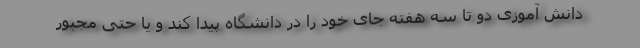
دانش آموزی دو تا سه هفته جای خود را در دانشگاه پیدا کند و یا حتی مجبور